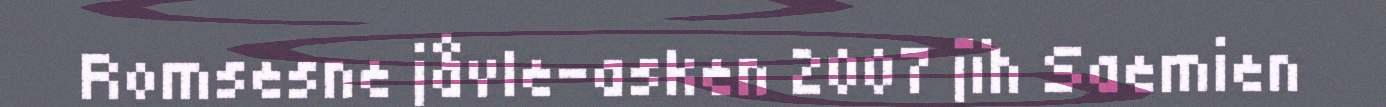
Romsesne jåvle-asken 2007 jïh Saemien